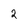
Character: 2